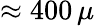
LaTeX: \approx 400\, \mu